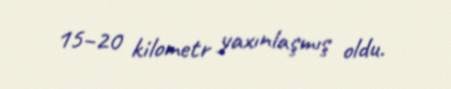
15–20 kilometr yaxınlaşmış oldu.